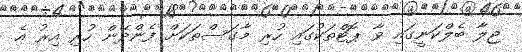
ޖިލާ ބެލްކަނީގައި ވާ ޕޮޓްތަކުގައި ހުރި މާގަސްތަކަށް ފެންދޭން ހުރި އިރު އެ